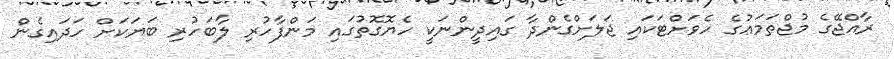
ރާއްޖޭގެ މުޖްތަމަޢުގެ ހެވަށްޓަކައި ޖަލަށްގެންދާ ގައިދީންނަކީ ހެޔޮގޮތުގައި މަންފާހުރި ލާބަހުރި ބަޔަކަށް ހަދައިގެން